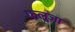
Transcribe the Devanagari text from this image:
फ़लुजा